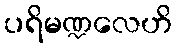
ပရိမဏ္ဍလေဟိ